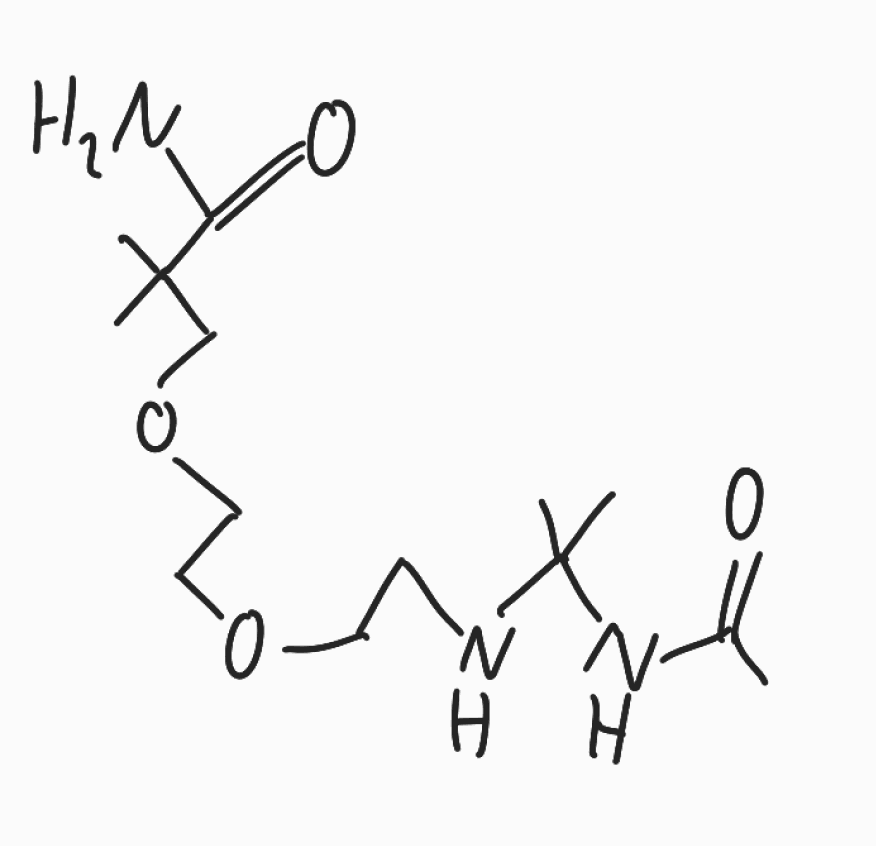
Simplified molecular-input line-entry system (SMILES) notation of the given molecule:
CC(=O)NC(C)(C)NCCOCCOCC(C)(C)C(=O)N